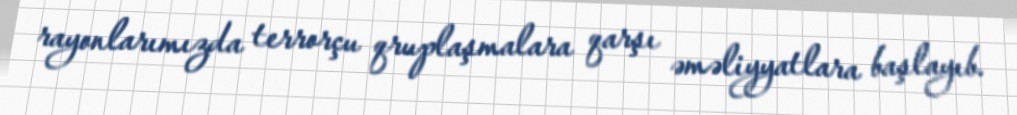
rayonlarımızda terrorçu qruplaşmalara qarşı əməliyyatlara başlayıb.